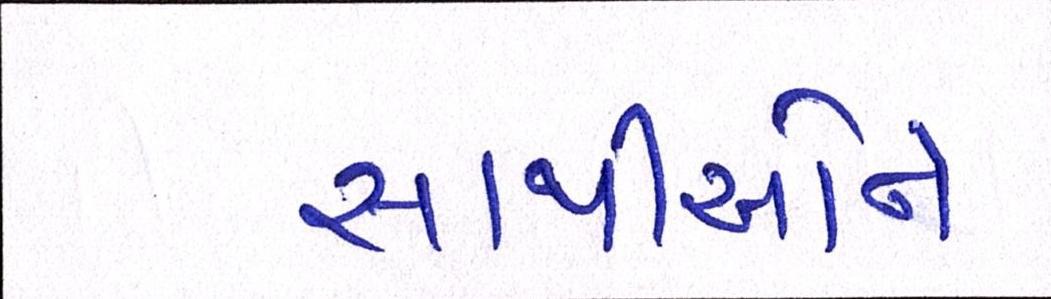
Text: સાથીઓને